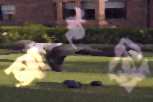
আইথ্রি